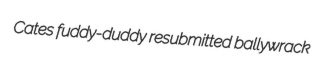
Cates fuddy-duddy resubmitted ballywrack